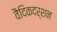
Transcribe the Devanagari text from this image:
वैदिकदर्शन